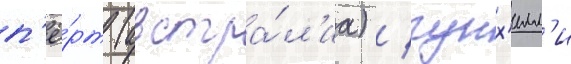
п'ё́рт (австра́л'иа) / гунх'илл'и